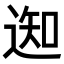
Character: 𨔓